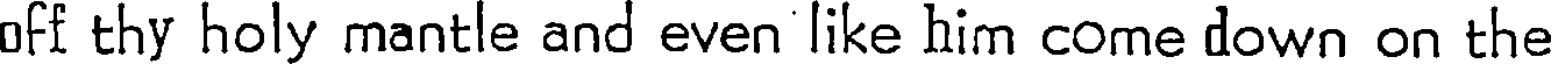
off thy holy mantle and even like him come down on the